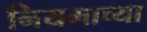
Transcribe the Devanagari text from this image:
नियमाच्या